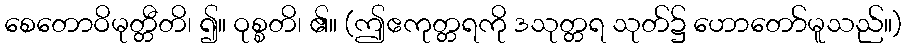
စေတောဝိမုတ္တီတိ၊ ၍။ ဝုစ္စတိ၊ ၏။ (ဤဧကုတ္တရကို ဒသုတ္တရ သုတ်၌ ဟောတော်မူသည်။)